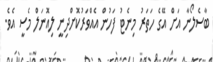
ބާސެލޯނާ އަށް އޭގެ ހަތަރު މިނެޓު ފަހުން އެއްވަރުކޮށްދިނީ ލިއޮނަލް މެސީ އެވެ.